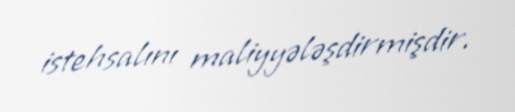
istehsalını maliyyələşdirmişdir.